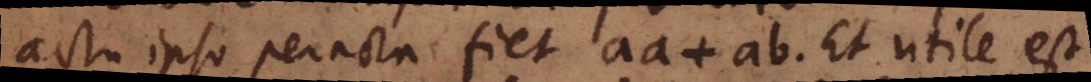
actu ipso peracta fiet aa + ab. Et utile est